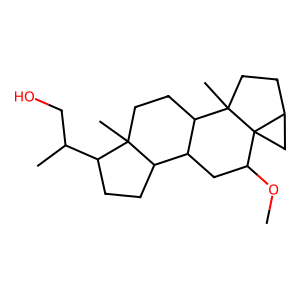
SMILES: COC1CC2C3CCC(C(C)CO)C3(C)CCC2C2(C)CCC3CC312
Inhibits HIV replication: No